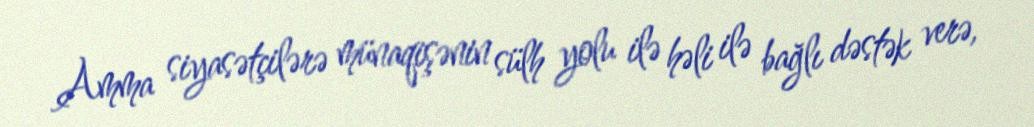
Amma siyasətçilərə münaqişənin sülh yolu ilə həli ilə bağlı dəstək verə,